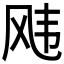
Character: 𬱵